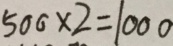
5 0 0 \times 2 = 1 0 0 0